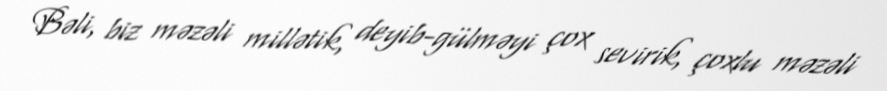
Bəli, biz məzəli millətik, deyib-gülməyi çox sevirik, çoxlu məzəli